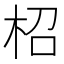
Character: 柖